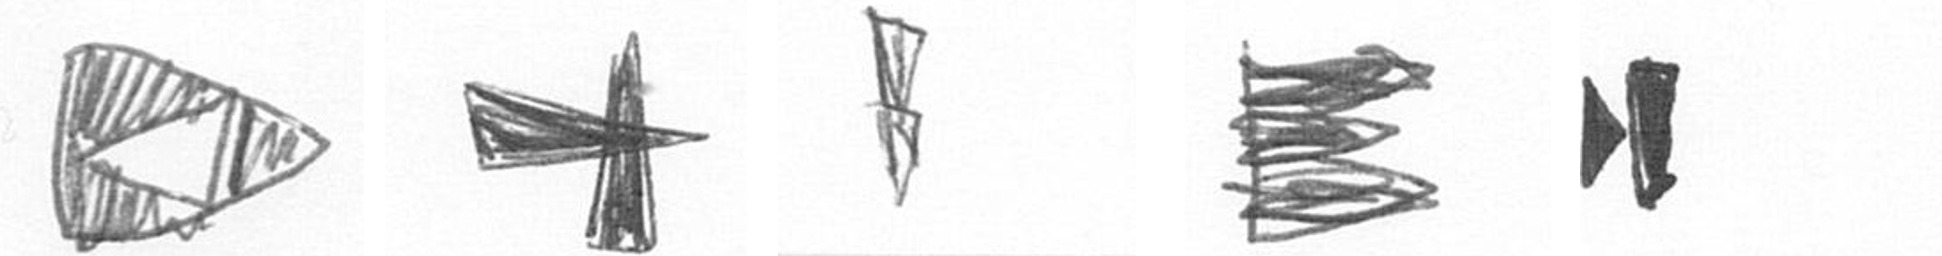
K G Z H M